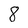
Character: 8